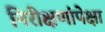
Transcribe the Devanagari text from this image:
निरीक्षणांपेक्षा